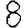
Digit: 8